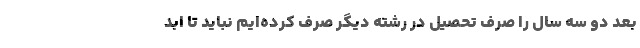
بعد دو سه سال را صرف تحصیل در رشته دیگر صرف کرده‌ایم نباید تا ابد